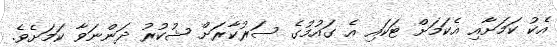
އެކު ކަމަށާއި އެކަމަށް ޓަކައި އެ ގައުމުގެ ސަރުކާރަށް ޝުކުރު ދަންނަވާ ކަމަށެވެ.